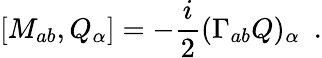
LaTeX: [M_{ab},Q_{\alpha}]=-\frac{i}{2}(\Gamma_{ab}Q)_{\alpha}~~.